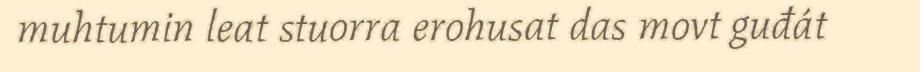
muhtumin leat stuorra erohusat das movt guđát